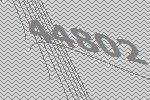
44802